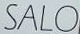
SALO